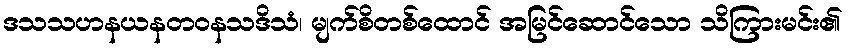
ဒသသဟနယနတဝနသဒိသံ၊ မျက်စိတစ်ထောင် အမြင်ဆောင်သော သိကြားမင်း၏